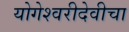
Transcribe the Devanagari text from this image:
योगेश्वरीदेवीचा